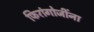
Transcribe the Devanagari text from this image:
फिरांगोजींना